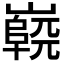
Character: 𡽷